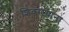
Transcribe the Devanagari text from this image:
शिवरायाना